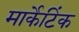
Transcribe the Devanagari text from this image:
मार्केटिंक